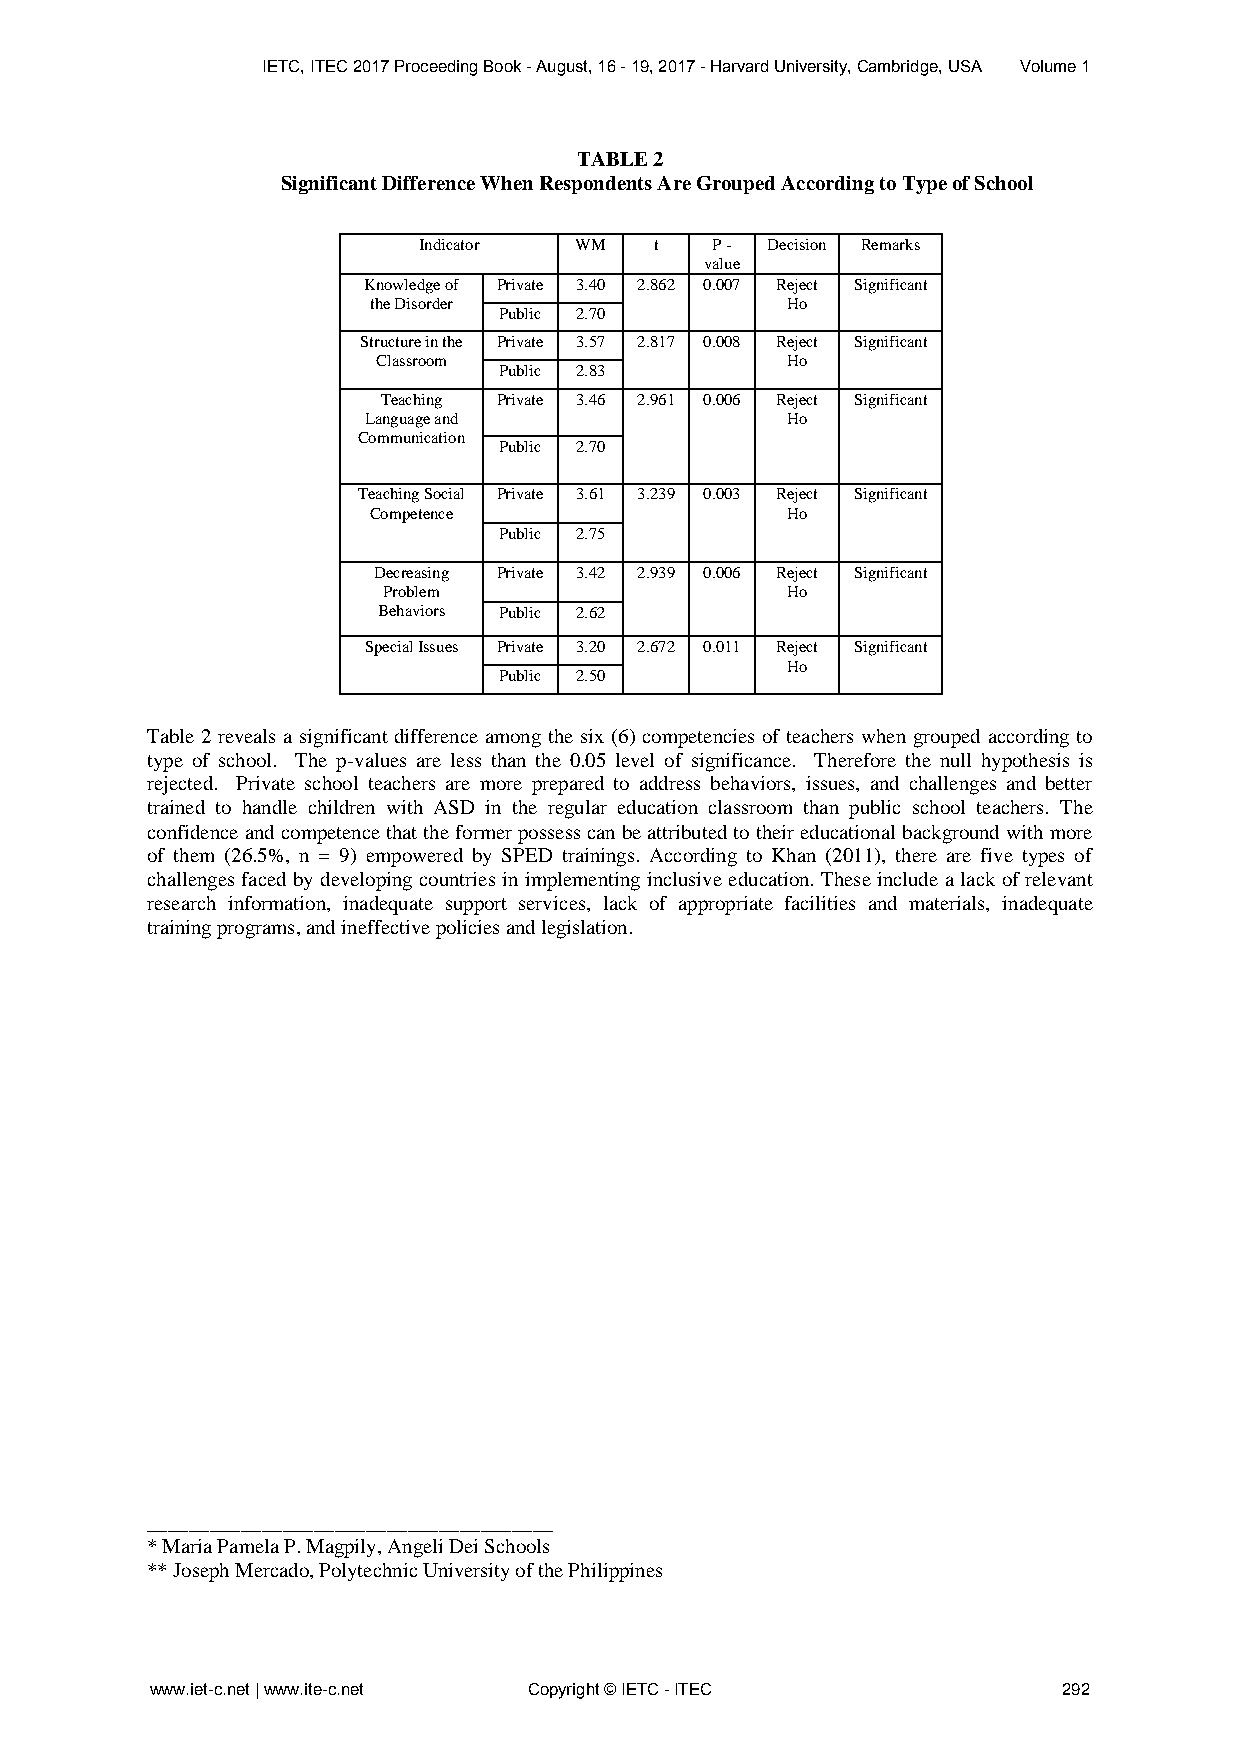
IETC, ITEC 2017 Proceeding Book - August, 16 - 19, 2017 - Harvard University, Cambridge, USA Volume 1
 TABLE 2
 Significant Difference When Respondents Are Grouped According to Type of School
 Indicator WM   t   P - Decision Remarks
 value
 Knowledge of Private 3.40 2.862 0.007 Reject Significant
 the Disorder                Ho
 Public 2.70
 Structure in the Private 3.57 2.817 0.008 Reject Significant
 Classroom                  Ho
 Public 2.83
 Teaching Private 3.46 2.961 0.006 Reject Significant
 Language and                Ho
 Communication
 Public 2.70
 Teaching Social Private 3.61 3.239 0.003 Reject Significant
 Competence                  Ho
 Public 2.75
 Decreasing Private 3.42 2.939 0.006 Reject Significant
 Problem                    Ho
 Behaviors Public 2.62
 Special Issues Private 3.20 2.672 0.011 Reject Significant
 Ho
 Public 2.50
 Table 2 reveals a significant difference among the six (6) competencies of teachers when grouped according to
 type of school. The p-values are less than the 0.05 level of significance. Therefore the null hypothesis is
 rejected. Private school teachers are more prepared to address behaviors, issues, and challenges and better
 trained to handle children with ASD in the regular education classroom than public school teachers. The
 confidence and competence that the former possess can be attributed to their educational background with more
 of them (26.5%, n = 9) empowered by SPED trainings. According to Khan (2011), there are five types of
 challenges faced by developing countries in implementing inclusive education. These include a lack of relevant
 research information, inadequate support services, lack of appropriate facilities and materials, inadequate
 training programs, and ineffective policies and legislation.
 _______________________________________
 * Maria Pamela P. Magpily, Angeli Dei Schools
 ** Joseph Mercado, Polytechnic University of the Philippines
 www.iet-c.net | www.ite-c.net Copyright © IETC - ITEC       292